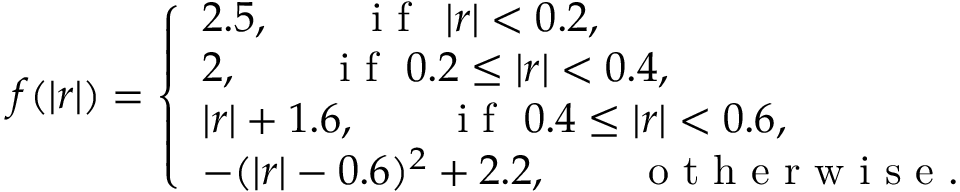
f ( \left| \boldsymbol { r } \right| ) = \left\{ \begin{array} { l l } { 2 . 5 , \qquad \mathrm { ~ i ~ f ~ } \ \left| \boldsymbol { r } \right| < 0 . 2 , } \\ { 2 , \qquad \mathrm { ~ i ~ f ~ } \ 0 . 2 \le \left| \boldsymbol { r } \right| < 0 . 4 , } \\ { \left| \boldsymbol { r } \right| + 1 . 6 , \qquad \mathrm { ~ i ~ f ~ } \ 0 . 4 \le \left| \boldsymbol { r } \right| < 0 . 6 , } \\ { - ( \left| \boldsymbol { r } \right| - 0 . 6 ) ^ { 2 } + 2 . 2 , \qquad \mathrm { ~ o ~ t ~ h ~ e ~ r ~ w ~ i ~ s ~ e ~ } . } \end{array} \right.